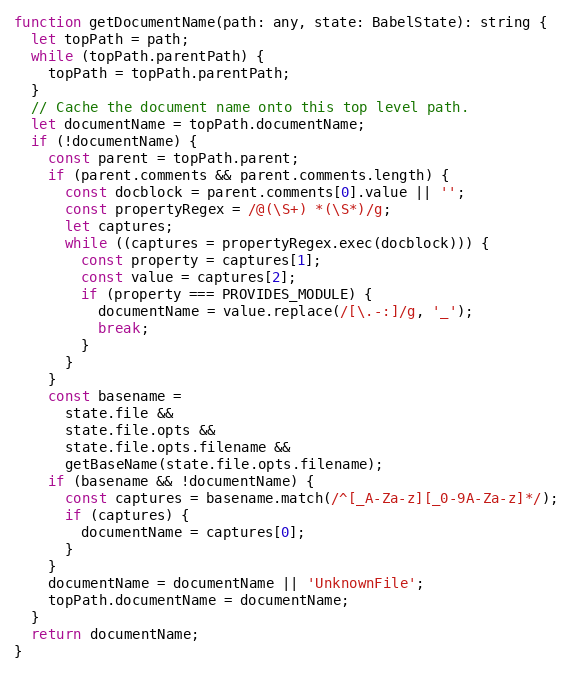
Language: JavaScript
function getDocumentName(path: any, state: BabelState): string {
  let topPath = path;
  while (topPath.parentPath) {
    topPath = topPath.parentPath;
  }
  // Cache the document name onto this top level path.
  let documentName = topPath.documentName;
  if (!documentName) {
    const parent = topPath.parent;
    if (parent.comments && parent.comments.length) {
      const docblock = parent.comments[0].value || '';
      const propertyRegex = /@(\S+) *(\S*)/g;
      let captures;
      while ((captures = propertyRegex.exec(docblock))) {
        const property = captures[1];
        const value = captures[2];
        if (property === PROVIDES_MODULE) {
          documentName = value.replace(/[\.-:]/g, '_');
          break;
        }
      }
    }
    const basename =
      state.file &&
      state.file.opts &&
      state.file.opts.filename &&
      getBaseName(state.file.opts.filename);
    if (basename && !documentName) {
      const captures = basename.match(/^[_A-Za-z][_0-9A-Za-z]*/);
      if (captures) {
        documentName = captures[0];
      }
    }
    documentName = documentName || 'UnknownFile';
    topPath.documentName = documentName;
  }
  return documentName;
}